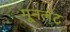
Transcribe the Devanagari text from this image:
मूनलॅट